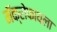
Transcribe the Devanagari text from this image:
मॅक्रोफायला